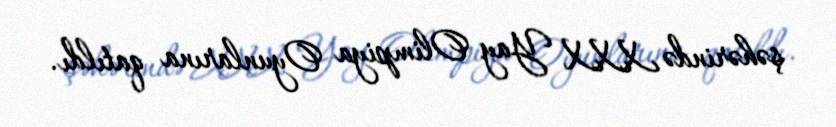
şəhərində XXX Yay Olimpiya Oyunlarına qatıldı.